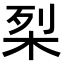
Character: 𭩶